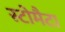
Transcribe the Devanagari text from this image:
स्टोमैटा